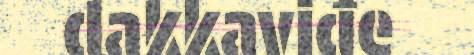
dakkaviđe